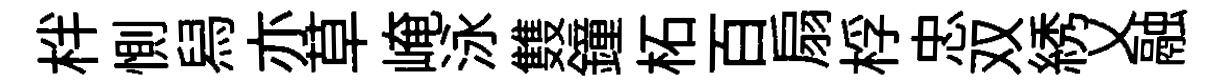
柈惻舄亦草崦泳䨇鐘柘百扇桴忠双綉乂融